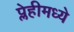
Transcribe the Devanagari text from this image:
प्लेहीमध्ये